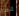
كما